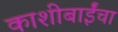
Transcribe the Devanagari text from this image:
काशीबाईंचा